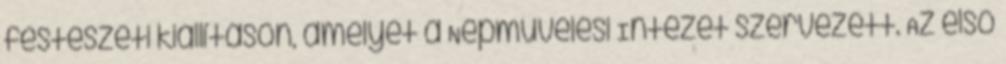
festészeti kiállításon, amelyet a Népművelési Intézet szervezett. Az első